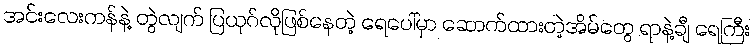
အင်းလေးကန်နဲ့ တွဲလျက် ပြယုဂ်လိုဖြစ်နေတဲ့ ရေပေါ်မှာ ဆောက်ထားတဲ့အိမ်တွေ ရာနဲ့ချီ ရေကြီး